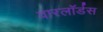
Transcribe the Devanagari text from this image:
वारलॉर्डस